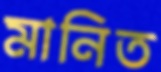
মানিত